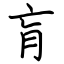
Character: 肓